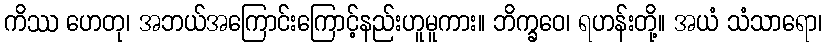
ကိဿ ဟေတု၊ အဘယ်အကြောင်းကြောင့်နည်းဟူမူကား။ ဘိက္ခဝေ၊ ရဟန်းတို့။ အယံ သံသာရော၊